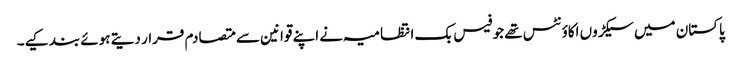
پاکستان میں سیکڑوں اکاؤنٹس تھے جو فیس بک انتظامیہ نے اپنے قوانین سے متصادم قرار دیتے ہوئے بند کیے۔